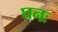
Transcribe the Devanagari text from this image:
घनः